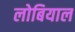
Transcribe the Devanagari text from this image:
लोबियाल